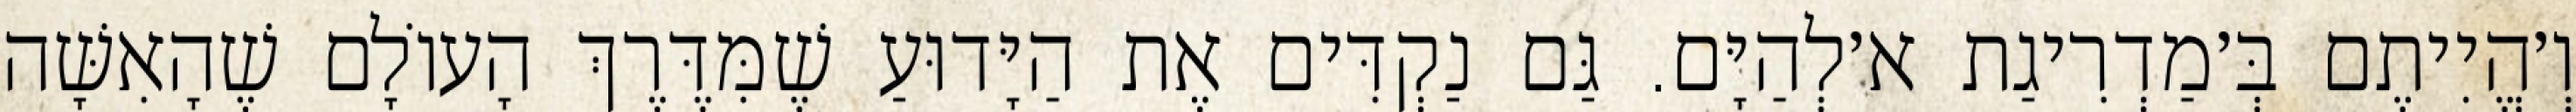
וְ׳הֱיִיתֶם בְּ׳מַדְרִיגַת א׳לְהַיָּם. גַּם נַקְדִּים אֶת הַיָּדוּעַ שֶׁמִּדֶּרֶךְ הָעוֹלָם שֶׁהָאִשָּׁה